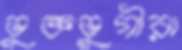
ভুক্তভুগীরা